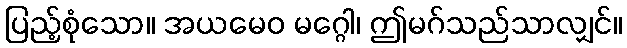
ပြည့်စုံသော။ အယမေဝ မဂ္ဂေါ၊ ဤမဂ်သည်သာလျှင်။